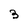
Character: 3